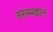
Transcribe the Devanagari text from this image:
असम्प्रज्ञात